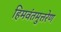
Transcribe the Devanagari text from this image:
हिमवंतमुत्तरेण